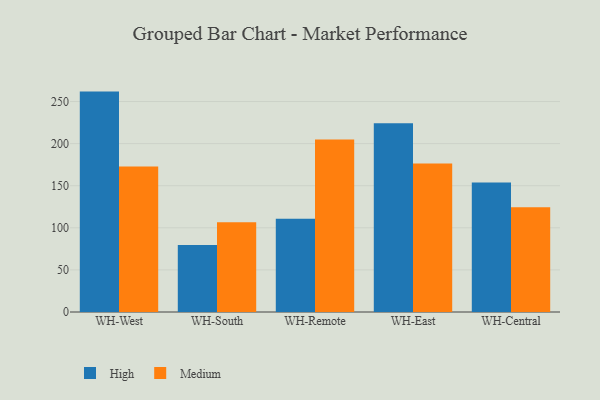
{"axis": {"x": "Warehouse", "y": "Shipments"}, "legend": ["High", "Medium"], "data": [{"x": "WH-West", "y": 261.8, "type": "High"}, {"x": "WH-West", "y": 172.8, "type": "Medium"}, {"x": "WH-South", "y": 79.5, "type": "High"}, {"x": "WH-South", "y": 106.5, "type": "Medium"}, {"x": "WH-Remote", "y": 110.7, "type": "High"}, {"x": "WH-Remote", "y": 205.0, "type": "Medium"}, {"x": "WH-East", "y": 224.1, "type": "High"}, {"x": "WH-East", "y": 176.3, "type": "Medium"}, {"x": "WH-Central", "y": 153.8, "type": "High"}, {"x": "WH-Central", "y": 124.4, "type": "Medium"}]}